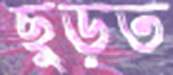
ছুড়ত